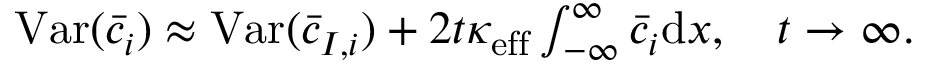
\begin{array} { r } { \mathrm { V a r } ( \bar { c } _ { i } ) \approx \mathrm { V a r } ( \bar { c } _ { I , i } ) + 2 t \kappa _ { \mathrm { e f f } } \int _ { - \infty } ^ { \infty } \bar { c } _ { i } \mathrm { d } x , \quad t \rightarrow \infty . } \end{array}